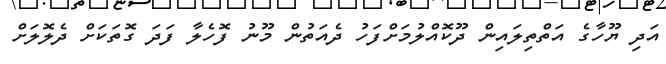
އަދި ޔޫހާގެ އަތްތިލައިން ދޫކޮއްލުމަށްފަހު ދެއަތުން މޫނު ފޮހެލާ ފަދަ ގޮތަކަށް ދެލޮލަށް